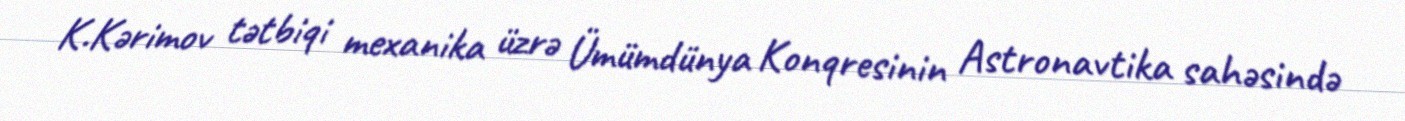
K.Kərimov tətbiqi mexanika üzrə Ümümdünya Konqresinin Astronavtika sahəsində